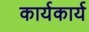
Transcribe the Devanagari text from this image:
कार्यकार्य